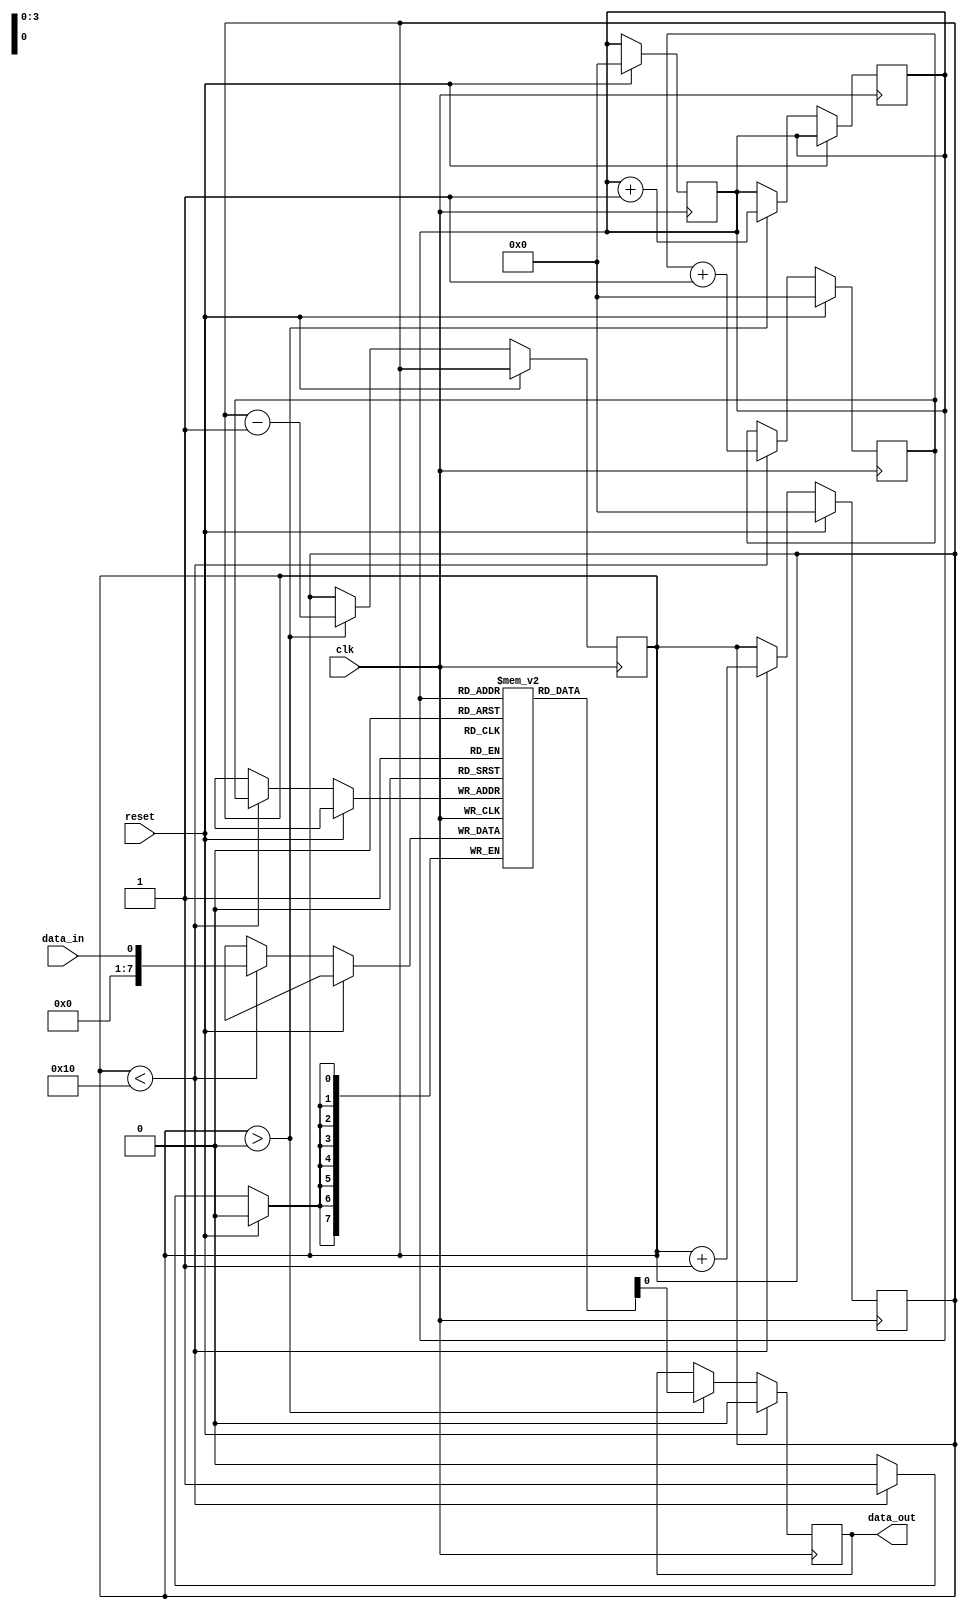
module edge_sensitive_fifo (
    input wire clk,
    input wire reset,
    input wire data_in,
    output wire data_out
);

reg [7:0] fifo [0:15];
reg [3:0] head = 0;
reg [3:0] tail = 0;
reg [3:0] count = 0;

always @(posedge clk) begin
    if (reset) begin
        head <= 0;
        tail <= 0;
        count <= 0;
    end else if (count < 16) begin
        fifo[tail] <= data_in;
        tail <= tail + 1;
        count <= count + 1;
    end
end

always @(posedge clk) begin
    if (reset) begin
        data_out <= 8'b0;
    end else if (count > 0) begin
        data_out <= fifo[head];
        head <= head + 1;
        count <= count - 1;
    end
end

endmodule